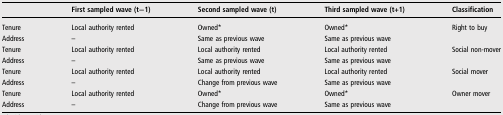
|  | First sampled wave (t−1) | Second sampled wave (t) | Third sampled wave (t+1) | Classification |
 | --- | --- | --- | --- | --- |
 | Tenure | Local authority rented | Owned* | Owned* | Right to buy |
 | Address | – | Same as previous wave | Same as previous wave |  |
 | Tenure | Local authority rented | Local authority rented | Local authority rented | Social non-mover |
 | Address | – | Same as previous wave | Same as previous wave |  |
 | Tenure | Local authority rented | Local authority rented | Local authority rented | Social mover |
 | Address | – | Change from previous wave | Same as previous wave |  |
 | Tenure | Local authority rented | Owned* | Owned* | Owner mover |
 | Address | – | Change from previous wave | Same as previous wave |  |